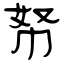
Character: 帑